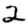
Digit: 2